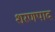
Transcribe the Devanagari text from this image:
शरणपाद